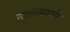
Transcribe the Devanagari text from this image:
मालकाशी